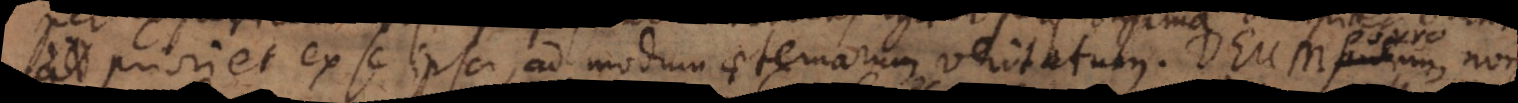
priori et ex se ipsa, ad modum aeternarum veritatum. Deum autem porro